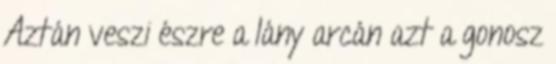
Aztán veszi észre a lány arcán azt a gonosz